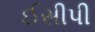
ઈસીપી